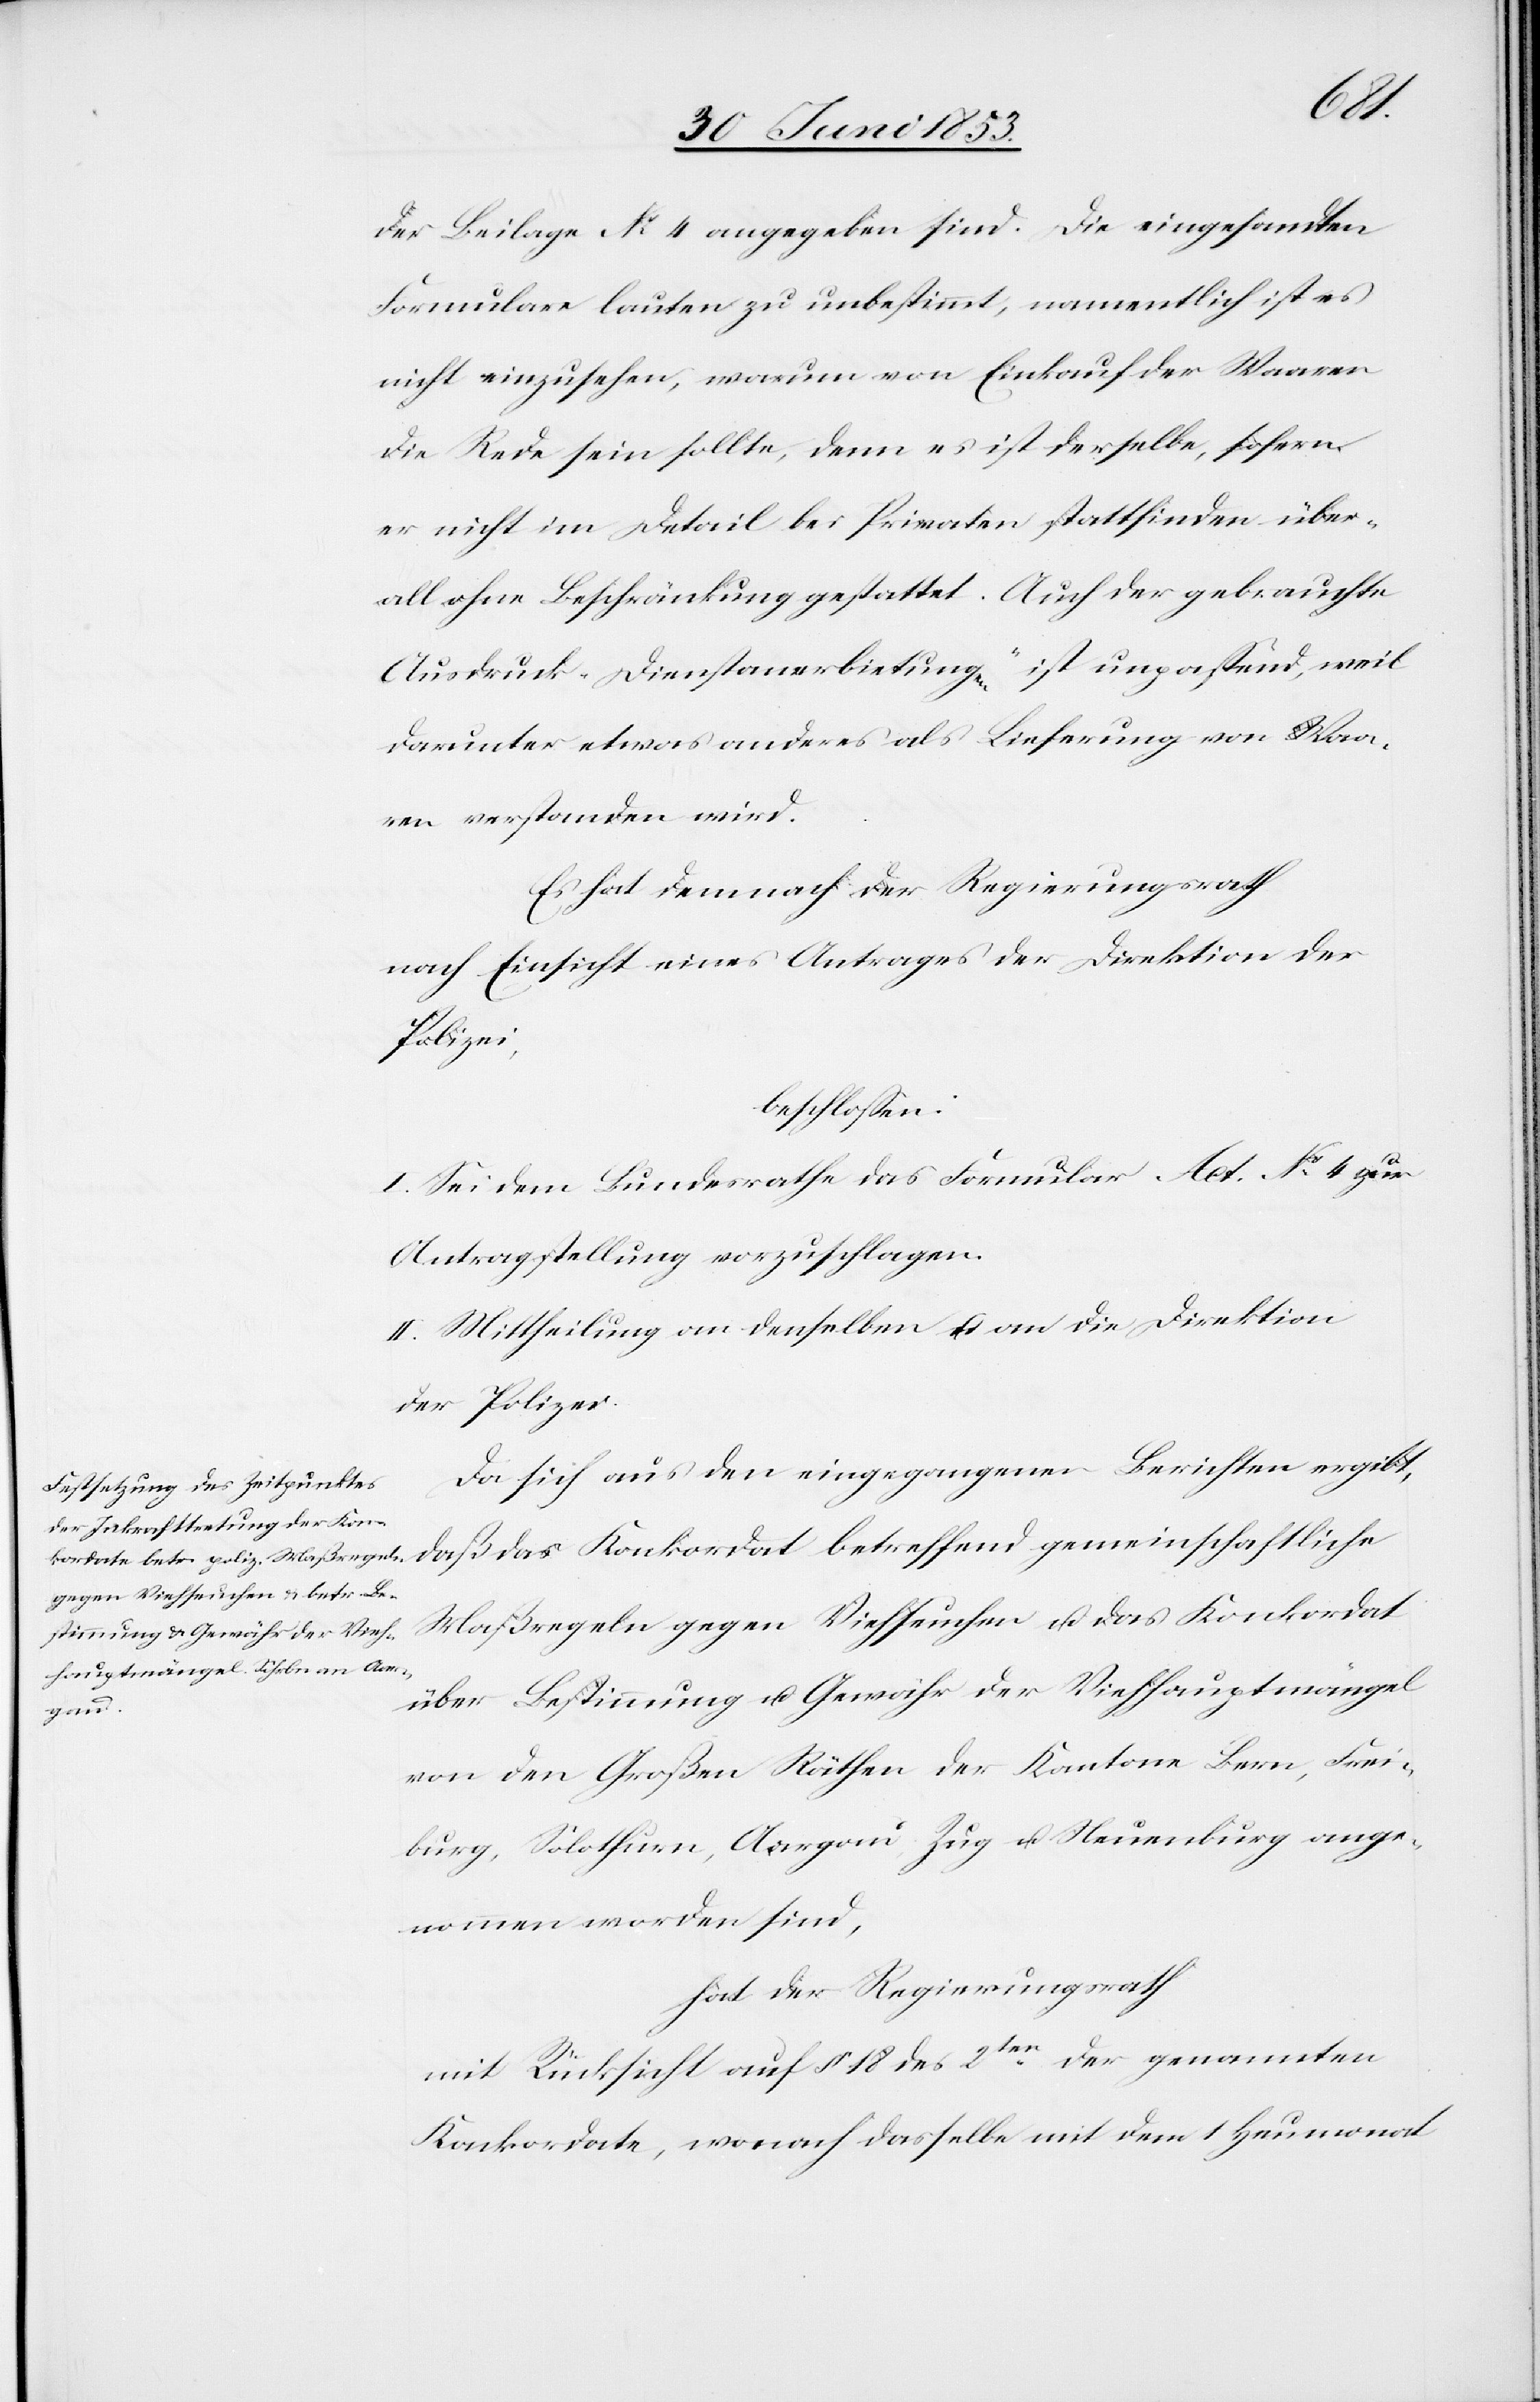
der Beilage N°. 4 angegeben sind. Die eingesandten
Formulare lauten unbestimmt, namentlich ist es
nicht einzusehen, warum von Einkauf der Waaren
die Rede sein sollte, denn es ist derselbe, sofern
er nicht im Detail bei Privaten stattfinden über¬
all ohne Beschränkung gestattet. Auch der gebrauchte
Ausdruck „Dienstanerbietungen“ ist unpaßend, weil
darunter etwas anderes als Lieferung von Waa¬
ren verstanden wird.
Es hat demnach der Regierungsrath
nach Einsicht eines Antrages der Direktion der
Polizei
beschloßen:
I. Sei dem Bundesrathe das Formular Act. N°. 4 zur
Antragstellung vorzuschlagen.
II. Mittheilung an denselben u. an die Direktion
der Polizei.
Da sich aus den eingegangenen Berichten ergibt,
Maßregeln gegen Viehseuchen u. das Konkordat
über Bestimmung u. Gewähr der Viehhauptmängel
von den Großen Räthen der Kantone Bern, Frei¬
burg, Solothurn, Aargau, Zug u. Neuenburg ange¬
nommen worden sind,
hat der Regierungsrath
mit Rücksicht auf §. 18 des 2ten. genannten
Konkordate, wonach dasselbe mit dem 1 Heumonat